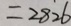
= 2 8 2 6